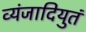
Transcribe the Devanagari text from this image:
व्यंजादियुतं